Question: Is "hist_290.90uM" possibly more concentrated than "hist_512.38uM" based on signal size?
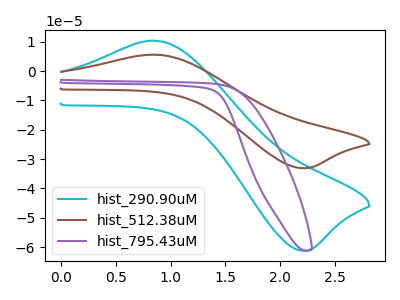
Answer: <think>The cyan curve "hist_290.90uM" has an anodic peak at (0.85V, 10.35uA) and a cathodic peak at (2.20V, -61.20uA). The brown curve "hist_512.38uM" has an anodic peak at (0.85V, 5.60uA) and a cathodic peak at (2.20V, -33.10uA). The purple curve "hist_795.43uM" has no peaks.
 All the peaks in "hist_290.90uM" have a peak in "hist_512.38uM" at the same potential. Every peak in "hist_290.90uM" is higher than every peak in "hist_512.38uM".</think>
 <answer>"hist_290.90uM" has more signal than "hist_512.38uM".</answer>
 <eval>more_signal</eval>